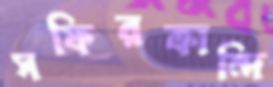
সফিরকান্দি